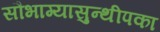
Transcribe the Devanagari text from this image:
सौभाग्यासुन्थीपका